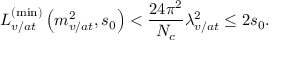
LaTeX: L _ { v / a t } ^ { \left( \operatorname * { m i n } \right) } \left( m _ { v / a t } ^ { 2 } , s _ { 0 } \right) < \frac { 2 4 \pi ^ { 2 } } { N _ { c } } \lambda _ { v / a t } ^ { 2 } \leq 2 s _ { 0 } .